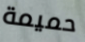
حميمة